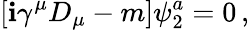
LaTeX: [\mathbf{i}\gamma^{\mu}D_{\mu}-m]\psi_{2}^{a}=0\, ,